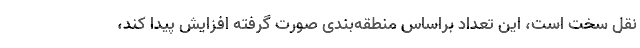
نقل سخت است، این تعداد براساس منطقه‌بندی صورت گرفته افزایش پیدا کند،